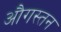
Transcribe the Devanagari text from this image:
औगस्तन